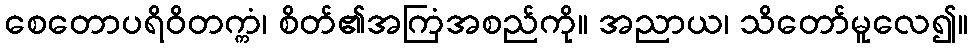
စေတောပရိဝိတက္ကံ၊ စိတ်၏အကြံအစည်ကို။ အညာယ၊ သိတော်မူလေ၍။